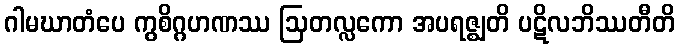
ဂါမဃာတံပေ ကွစိဂ္ဂဟဏဿ ဩတလ္လကော အပရဇ္ဈတိ ပဋိလဘိဿတီတိ